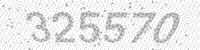
Solution: 325570